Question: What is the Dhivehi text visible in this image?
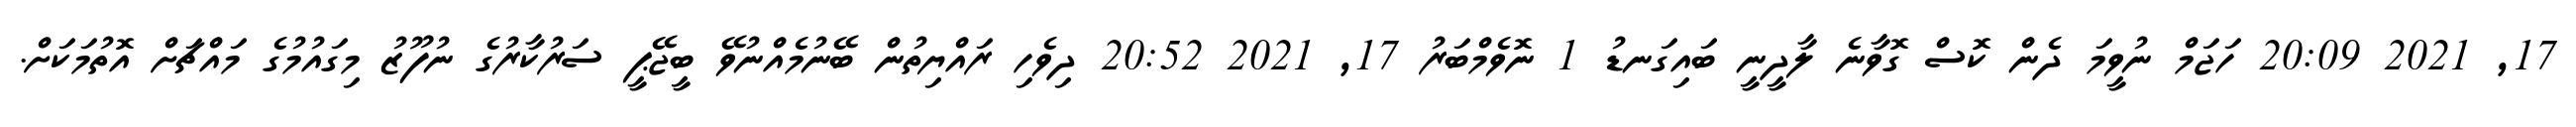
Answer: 17, 2021 20:09 ހަޖަމް ނުވީމަ ދެން ކޮސް ގޮވާނެ ލާދީނީ ބައިގަނޑު 1 ނޮވެމްބަރު 17, 2021 20:52 ދިވެހި ރައްޔިތުން ބޭނުމެއްނުވޭ ބީޖޭޕީ ސަރުކާރުގެ ނުފޫޒު މިގައުމުގެ މައްޗަށް އޮތުމަކަށް.